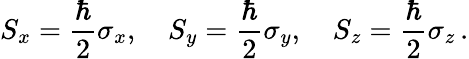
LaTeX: S_{x}={\frac{\hbar}{2}}\sigma_{x},\quad S_{y}={\frac{\hbar}{2}}\sigma_{y},\quad S_{z}={\frac{\hbar}{2}}\sigma_{z}\, .